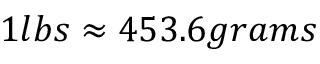
1 l b s \approx 4 5 3 . 6 g r a m s